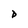
Character: D